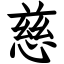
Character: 慈